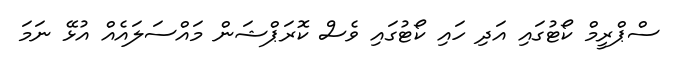
ސްޕްރީމް ކޯޓުގައި އަދި ހައި ކޯޓުގައި ވެސް ކޮރަޕްޝަން މައްސަލައެއް އުޅޭ ނަމަ